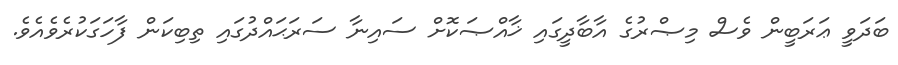
ބަދަވީ ޢަރަބީން ވެސް މިޞްރުގެ އާބާދީގައި ޚާއްޞަކޮށް ސައިނާ ސަރަޙައްދުގައި ތިބިކަން ފާހަގަކުރެވެއެވެ.